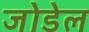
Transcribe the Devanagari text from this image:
जोडेल